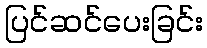
ပြင်ဆင်ပေးခြင်း